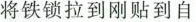
将铁锁拉到刚贴到自